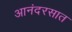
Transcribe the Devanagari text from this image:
आनंदरसात